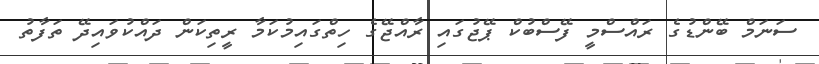
ސަނަމް ބޭންޑުގެ ރައްސްމީ ފޭސްބުކް ޕޭޖުގައި ރާއްޖޭގެ ހިތްގައިމުކަމާ ރީތިކަން ދައްކުވައިދޭ ތަފާތު